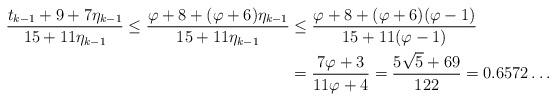
LaTeX: \begin{align*}\frac{t_{k-1} + 9 + 7\eta_{k-1}}{15+11\eta_{k-1}} \le \frac{\varphi+8 + (\varphi + 6)\eta_{k-1}}{15+11\eta_{k-1}}& \le \frac{\varphi+8 + (\varphi + 6)(\varphi -1)}{15+11(\varphi-1)} \\& = \frac{7\varphi + 3}{11 \varphi + 4}= \frac{5\sqrt{5}+69}{122}= 0.6572\ldots\end{align*}